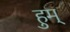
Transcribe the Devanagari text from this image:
हुम्